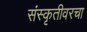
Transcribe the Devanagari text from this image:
संस्कृतीवरचा